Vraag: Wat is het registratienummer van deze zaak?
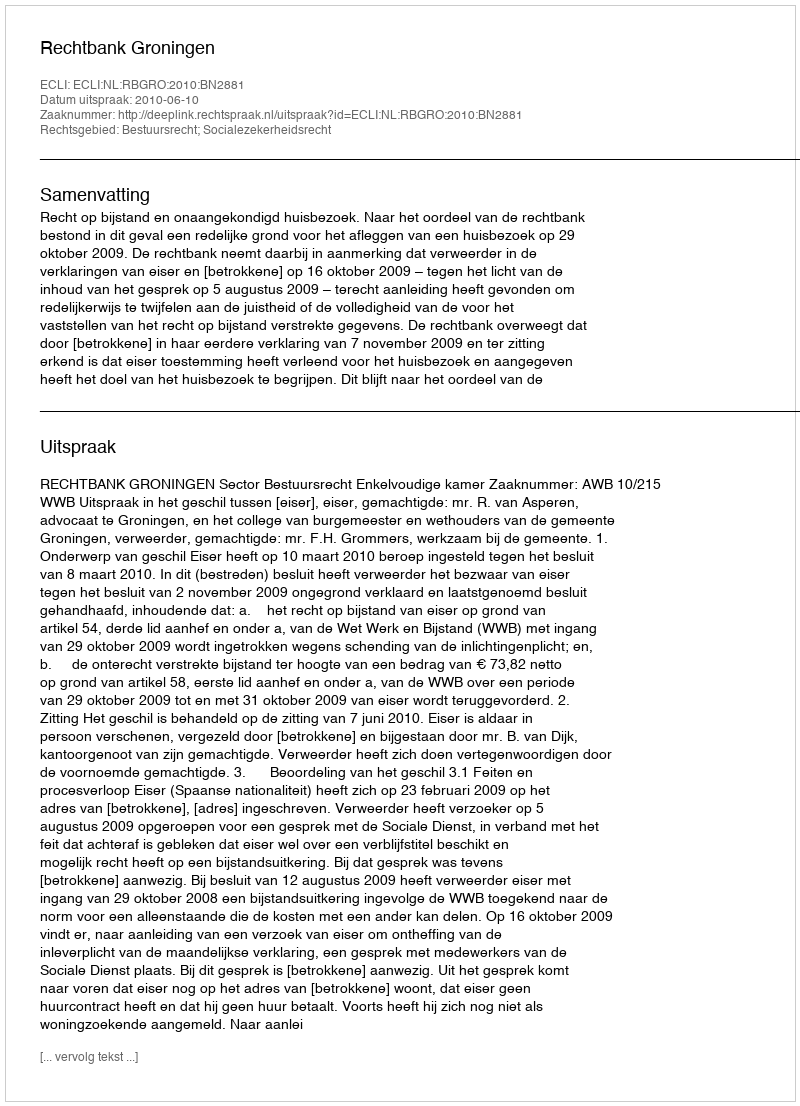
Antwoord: http://deeplink.rechtspraak.nl/uitspraak?id=ECLI:NL:RBGRO:2010:BN2881